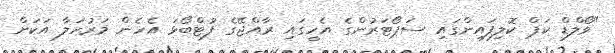
"ވޯލްޑް ކަޕް ކޮލިފައިންގައި ސަޕޯޓަރުންގެ އެހީގައި ރާއްޖޭގެ ފުޓްބޯޅަ އެހެން މަރުހަލާ އަކަށް